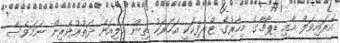
އެރައިވަލް އާއި ޑިޕާޗާގެ މިހާރުގެ ޓްރެފިކަަކީ އަހަރަކު ތިން މިލިއަން ދަތުރުވެރިން ނަމަވެސް